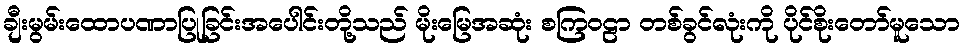
ချီးမွမ်းထောပဏာပြုခြင်းအပေါင်းတို့သည် မိုးမြေအဆုံး စကြဝဠာ တစ်ခွင်လုံးကို ပိုင်စိုးတော်မူသော